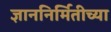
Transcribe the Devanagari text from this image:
ज्ञाननिर्मितीच्या